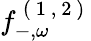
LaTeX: f_{-,\omega}^{\mathrm{~(~1~,~2~)~}}